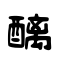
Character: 醨